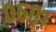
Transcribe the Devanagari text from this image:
०६०१